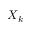
X _ { k }